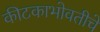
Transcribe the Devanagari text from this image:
कीटकाभोवतीचे